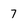
Character: 7